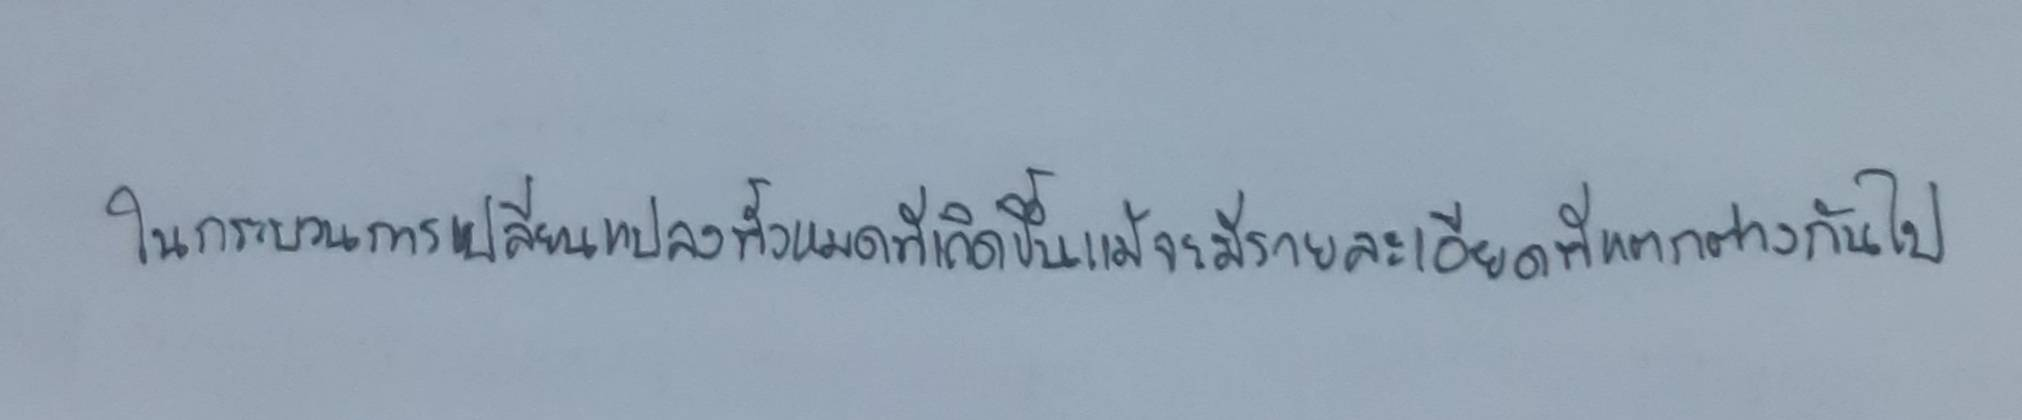
ในกระบวนการเปลี่ยนแปลงทั้งหมดที่เกิดขึ้นแม้จะมีรายละเอียดที่แตกต่างกันไป